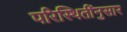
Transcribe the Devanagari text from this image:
परिस्थितींनुसार